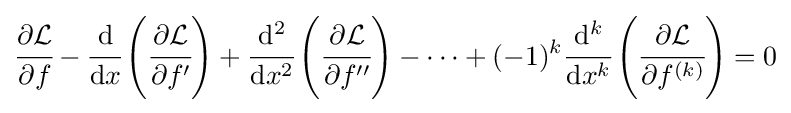
{\cfrac {\partial {\mathcal {L}}}{\partial f}}-{\cfrac {\mathrm {d} }{\mathrm {d} x}}\left({\cfrac {\partial {\mathcal {L}}}{\partial f'}}\right)+{\cfrac {\mathrm {d} ^{2}}{\mathrm {d} x^{2}}}\left({\cfrac {\partial {\mathcal {L}}}{\partial f''}}\right)-\dots +(-1)^{k}{\cfrac {\mathrm {d} ^{k}}{\mathrm {d} x^{k}}}\left({\cfrac {\partial {\mathcal {L}}}{\partial f^{(k)}}}\right)=0